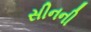
સીનની